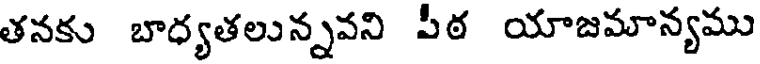
తనకు బాధ్యతలున్నవని పీఠ యాజమాన్యము